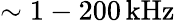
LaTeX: \sim 1-200\, \mathrm{kHz}